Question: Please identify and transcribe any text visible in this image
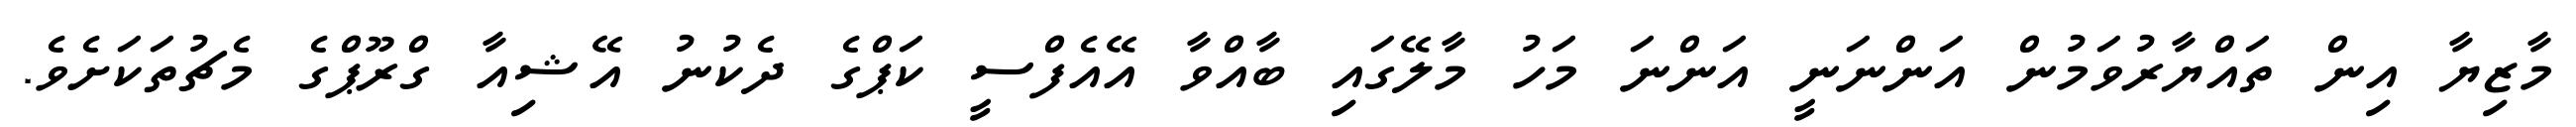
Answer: މާޒިޔާ އިން ތައްޔާރުވަމުން އަންނަނީ އަންނަ މަހު މާލޭގައި ބާއްވާ އޭއެފްސީ ކަޕްގެ ދެކުނު އޭޝިއާ ގްރޫޕްގެ މެޗުތަކަށެވެ.